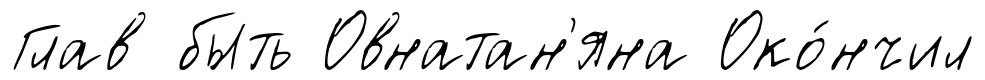
Глав быть Овнатан'яна Око́нчил